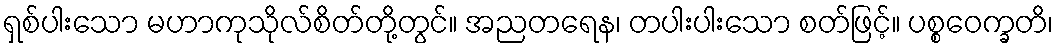
ရှစ်ပါးသော မဟာကုသိုလ်စိတ်တို့တွင်။ အညတရေန၊ တပါးပါးသော စတ်ဖြင့်။ ပစ္စဝေက္ခတိ၊